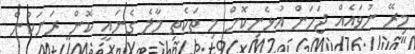
މިރޭ ނުވައެއް ޖަހަން އުޅެނިކޮށް މި ތަކެތި މާލެ ގެނައީ ކޮން ރަށަކުން